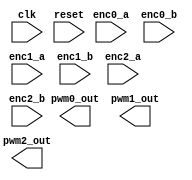
`default_nettype none
`timescale 1ns/1ns
module rgb_mixer (
    input clk,
    input reset,
    input enc0_a,
    input enc0_b,
    input enc1_a,
    input enc1_b,
    input enc2_a,
    input enc2_b,
    output pwm0_out,
    output pwm1_out,
    output pwm2_out
);
    wire enc0_a_db, enc0_b_db;
    wire enc1_a_db, enc1_b_db;
    wire enc2_a_db, enc2_b_db;
    wire [7:0] enc0, enc1, enc2;
/*
    // debouncers, 2 for each encoder
    debounce #(.HIST_LEN(8)) debounce0_a(.clk(clk), .reset(reset), .button(enc0_a), .debounced(enc0_a_db));
    debounce #(.HIST_LEN(8)) debounce0_b(.clk(clk), .reset(reset), .button(enc0_b), .debounced(enc0_b_db));

    debounce #(.HIST_LEN(8)) debounce1_a(.clk(clk), .reset(reset), .button(enc1_a), .debounced(enc1_a_db));
    debounce #(.HIST_LEN(8)) debounce1_b(.clk(clk), .reset(reset), .button(enc1_b), .debounced(enc1_b_db));

    debounce #(.HIST_LEN(8)) debounce2_a(.clk(clk), .reset(reset), .button(enc2_a), .debounced(enc2_a_db));
    debounce #(.HIST_LEN(8)) debounce2_b(.clk(clk), .reset(reset), .button(enc2_b), .debounced(enc2_b_db));

    // encoders
    encoder #(.WIDTH(8)) encoder0(.clk(clk), .reset(reset), .a(enc0_a_db), .b(enc0_b_db), .value(enc0));
    encoder #(.WIDTH(8)) encoder1(.clk(clk), .reset(reset), .a(enc1_a_db), .b(enc1_b_db), .value(enc1));
    encoder #(.WIDTH(8)) encoder2(.clk(clk), .reset(reset), .a(enc2_a_db), .b(enc2_b_db), .value(enc2));

    // pwm modules
    pwm #(.WIDTH(8)) pwm0(.clk(clk), .reset(reset), .out(pwm0_out), .level(enc0));
    pwm #(.WIDTH(8)) pwm1(.clk(clk), .reset(reset), .out(pwm1_out), .level(enc1));
   pwm #(.WIDTH(8)) pwm2(.clk(clk), .reset(reset), .out(pwm2_out), .level(enc2));
*/
endmodule